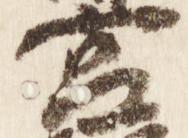
宮